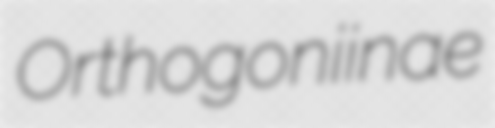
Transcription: Orthogoniinae